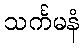
သင်္ကမနံ